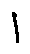
1